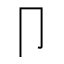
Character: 卩